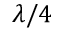
\lambda / 4